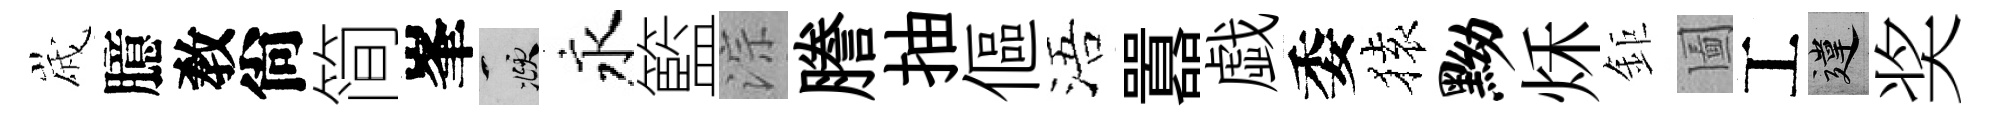
𡻕臆敎尙简峯頫永籃淙謄抽傴浯囂戯委𫞤黝秌鉅圗工違奖